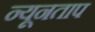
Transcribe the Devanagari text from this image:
न्यूनताप